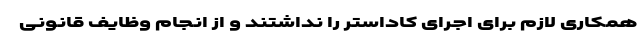
همکاری لازم برای اجرای کاداستر را نداشتند و از انجام وظایف قانونی